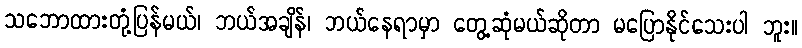
သဘောထားတုံ့ပြန်မယ်၊ ဘယ်အချိန်၊ ဘယ်နေရာမှာ တွေ့ဆုံမယ်ဆိုတာ မပြောနိုင်သေးပါ ဘူး။